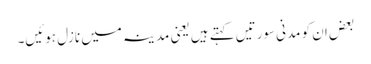
بعض ان کو مدنی سورتیں کہتے ہیں یعنی مدینہ میں نازل ہوئیں۔